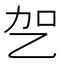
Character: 乫